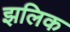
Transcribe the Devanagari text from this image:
झलिक